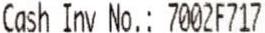
CASH INV NO.: 7002F717